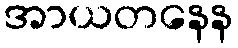
အာယတနေန